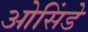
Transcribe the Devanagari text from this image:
ओसिंडे